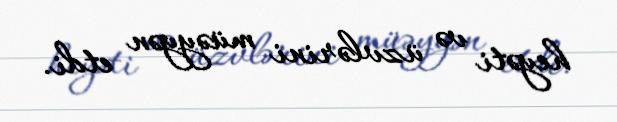
heyəti və üzvlərini müəyyən etdi.